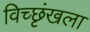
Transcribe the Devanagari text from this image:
विच्छृंखला